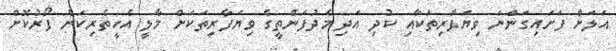
އަލަށް ފަށައިގަންނަ ވިޔަފާރިތަކާއި ކުދި އަދި މެދުފަންތީގެ ވިޔަފާރިތަކަށް މާލީ އެހީތެރިކަން ފޯރުކޮށް